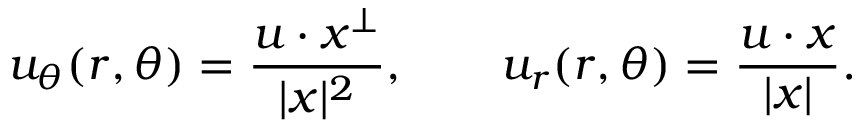
u _ { \theta } ( r , \theta ) = \frac { u \cdot x ^ { \perp } } { | x | ^ { 2 } } , \qquad u _ { r } ( r , \theta ) = \frac { u \cdot x } { | x | } .